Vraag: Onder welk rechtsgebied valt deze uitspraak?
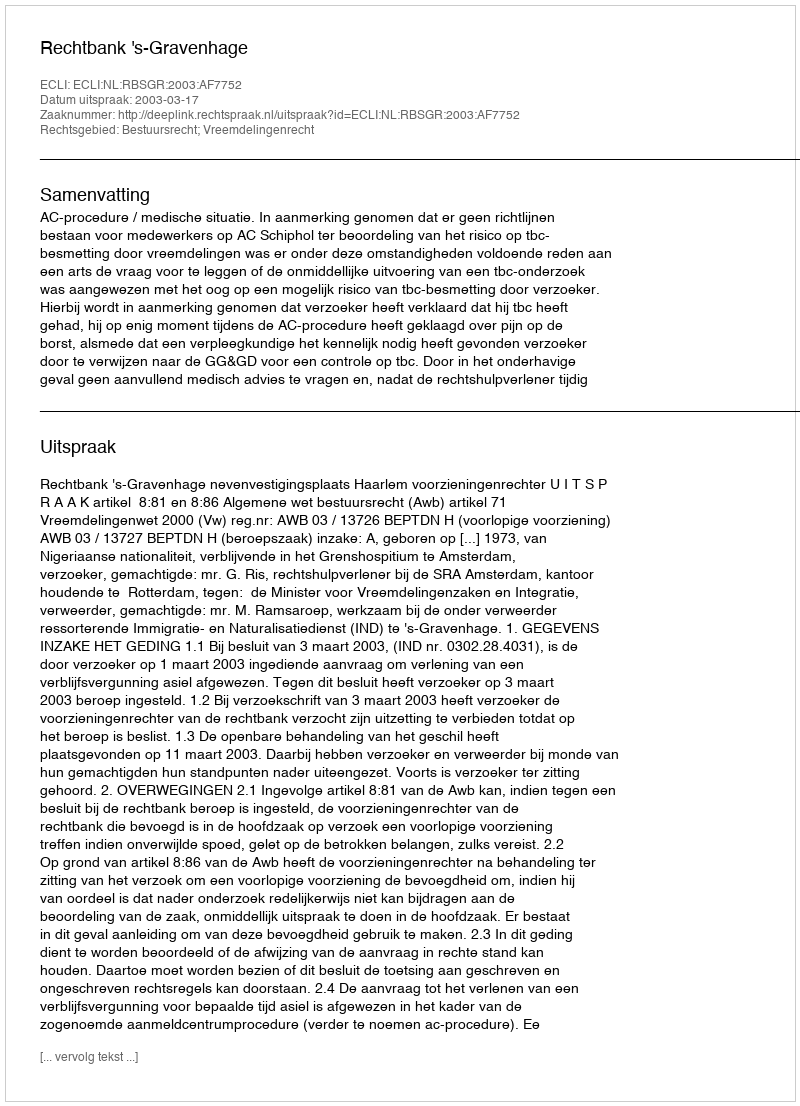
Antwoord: Bestuursrecht; Vreemdelingenrecht